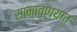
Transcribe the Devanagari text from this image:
सामावण्यात